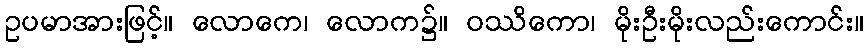
ဥပမာအားဖြင့်။ လောကေ၊ လောက၌။ ဝဿိကော၊ မိုးဦးမိုးလည်းကောင်း။